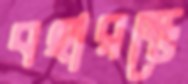
বহারম্ভে